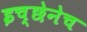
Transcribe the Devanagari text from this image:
इच्छेनेच